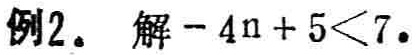
例2. 解\(-4n + 5<7\)。